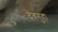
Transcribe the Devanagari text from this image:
देवगुहा